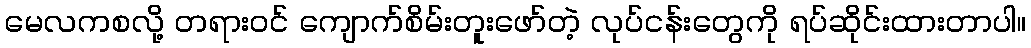
မေလကစလို့ တရားဝင် ကျောက်စိမ်းတူးဖော်တဲ့ လုပ်ငန်းတွေကို ရပ်ဆိုင်းထားတာပါ။